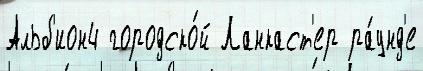
Альб'ион4 городско́й Ланкаст'ер ра́унд'е